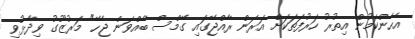
އެހެންކަމުން އިތުރު ހަރުފަތަކަށް އަރަން ރާއްޖޭގައި ގޭމްސް ބާއްވަން ޖެހޭ" މަރުޒޫގު ވިދާޅުވި